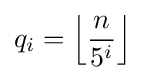
q_{i}=\left\lfloor {\frac {n}{5^{i}}}\right\rfloor